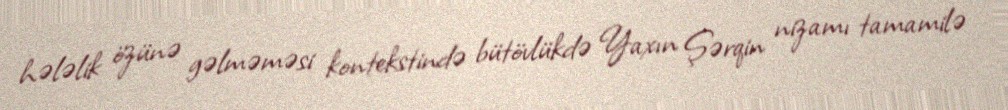
hələlik özünə gəlməməsi kontekstində bütövlükdə Yaxın Şərqin nizamı tamamilə